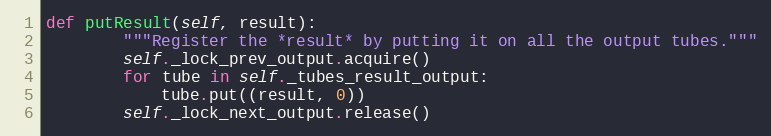
Language: Python
def putResult(self, result):
        """Register the *result* by putting it on all the output tubes."""
        self._lock_prev_output.acquire()
        for tube in self._tubes_result_output:
            tube.put((result, 0))
        self._lock_next_output.release()